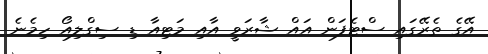
އޭގެ ތެރޭގައި ސްޓެފަން އައް ޝާރަވީ އާއި މަޓިއާ ޑި ސިގްލިއޯ ހިމެނެ